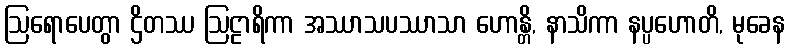
ဩရောပေတွာ ဌိတဿ ဩဠာရိကာ အဿာသပဿာသာ ဟောန္တိ, နာသိကာ နပ္ပဟောတိ, မုခေန